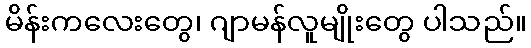
မိန်းကလေးတွေ၊ ဂျာမန်လူမျိုးတွေ ပါသည်။